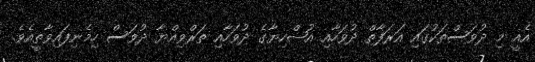
އެއީ މި ދުވަސްތަކުގައި އަރަފާތް ދުވަހާއި އުޟްހިޔާގެ ދުވަހާއި ތަރްވިއްޔާ ދުވަސް ހިމެނިފައިވާތީއެވެ.